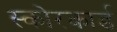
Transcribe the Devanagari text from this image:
स्‍कोरकार्ड